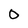
Character: D